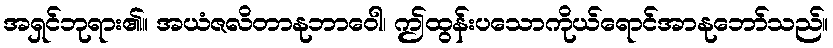
အရှင်ဘုရား၏။ အယံဇလိတာနုဘာဝေါ၊ ဤထွန်းပသောကိုယ်ရောင်အာနုဘော်သည်။